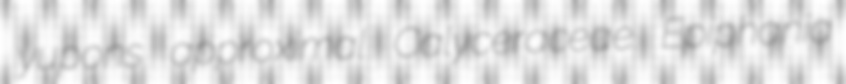
yupons approximal Calyceraceae Epiphania